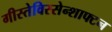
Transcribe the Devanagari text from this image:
गीस्तेविस्सेन्शाफ्टन